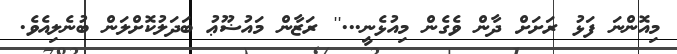
މިއޮންނަ ފަޅު ރަށަށް ދާން ވެގެން މިއުޅެނީ...'' ރަޒާން މައުޟޫޢު ބަދަލުކޮށްލަން ބުނެލިއެވެ.